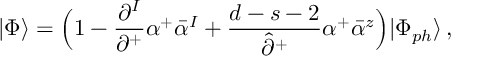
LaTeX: | \Phi \rangle = \Bigl ( 1 - \frac { \partial ^ { I } } { \partial ^ { + } } \alpha ^ { + } \bar { \alpha } ^ { I } + \frac { d - s - 2 } { \hat { \partial } ^ { + } } \alpha ^ { + } \bar { \alpha } ^ { z } \Bigr ) | \Phi _ { p h } \rangle \, ,